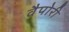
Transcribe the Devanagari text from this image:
वैपोरी